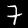
Label: 7